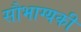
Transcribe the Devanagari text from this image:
सौभाग्यकी